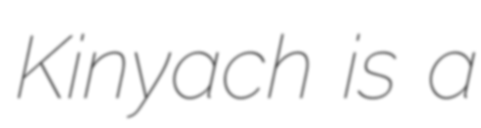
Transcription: Kinyach is a